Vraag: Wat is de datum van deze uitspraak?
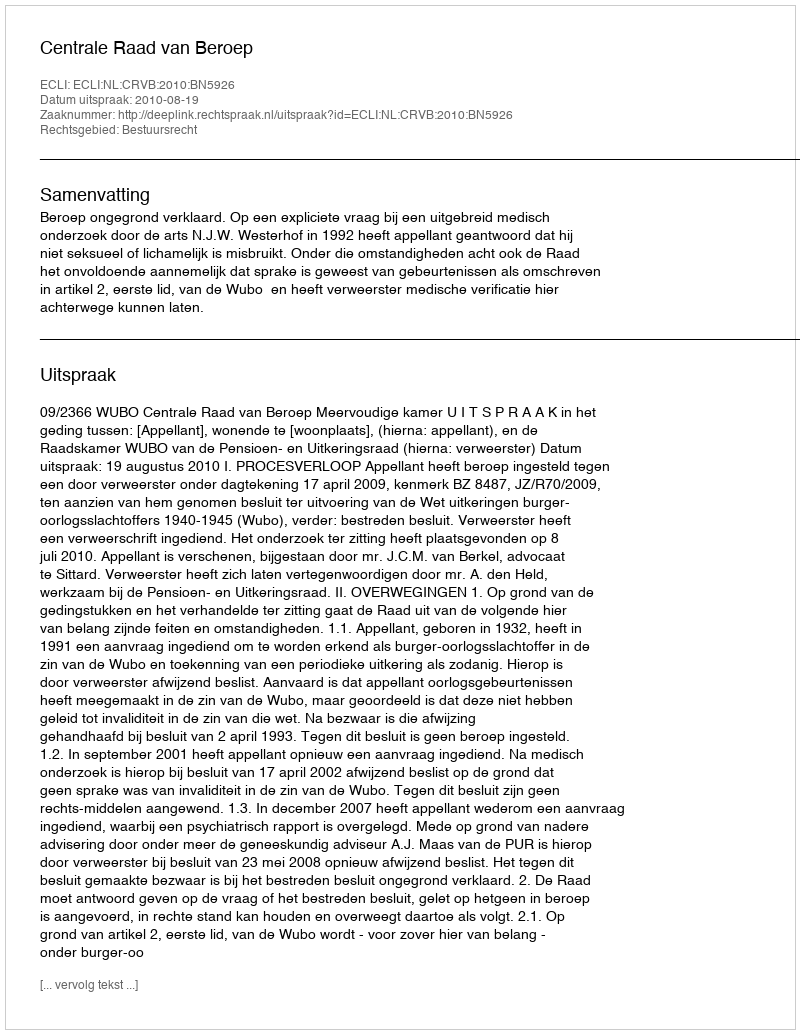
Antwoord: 2010-08-19